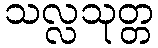
သလ္လသုတ္တ